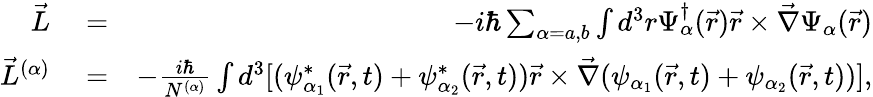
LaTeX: \begin{array}{rlr}{\vec{L}}&{{}=}&{-i\hbar\sum_{\alpha=a,b}\int d^{3}r\Psi_{\alpha}^{\dagger}(\vec{r})\vec{r}\times\vec{\nabla}\Psi_{\alpha}(\vec{r})}\\ {\vec{L}^{(\alpha)}}&{{}=}&{-\frac{i\hbar}{N^{(\alpha)}}\int d^{3}[(\psi_{\alpha_{1}}^{*}(\vec{r},t)+\psi_{\alpha_{2}}^{*}(\vec{r},t))\vec{r}\times\vec{\nabla}(\psi_{\alpha_{1}}(\vec{r},t)+\psi_{\alpha_{2}}(\vec{r},t))],}\end{array}